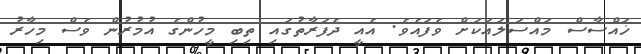
ޚައްސާސް މައްސަލައަކަށް ވެފައެވެ. އެއީ ދެފަރާތުގައި ތިބި މީހުންގެ އުމުރުން ވެސް މިހާރު